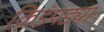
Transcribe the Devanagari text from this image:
किडंपड्या